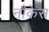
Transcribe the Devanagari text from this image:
नौकेस